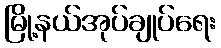
မြို့နယ်အုပ်ချုပ်ရေး